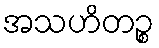
အသဟိတဉ္စ